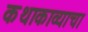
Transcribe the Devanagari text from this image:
कथाकाव्याचा